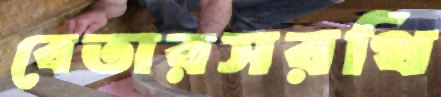
বেতারসরথি